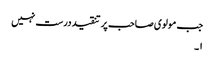
جب مولوی صاحب پر تنقید درست نہیں
۱۔